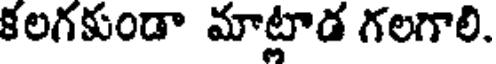
కలగకుండా మాట్లాడ గలగాలి.